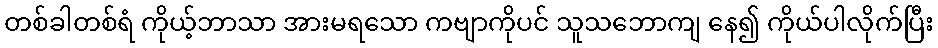
တစ်ခါတစ်ရံ ကိုယ့်ဘာသာ အားမရသော ကဗျာကိုပင် သူသဘောကျ နေ၍ ကိုယ်ပါလိုက်ပြီး